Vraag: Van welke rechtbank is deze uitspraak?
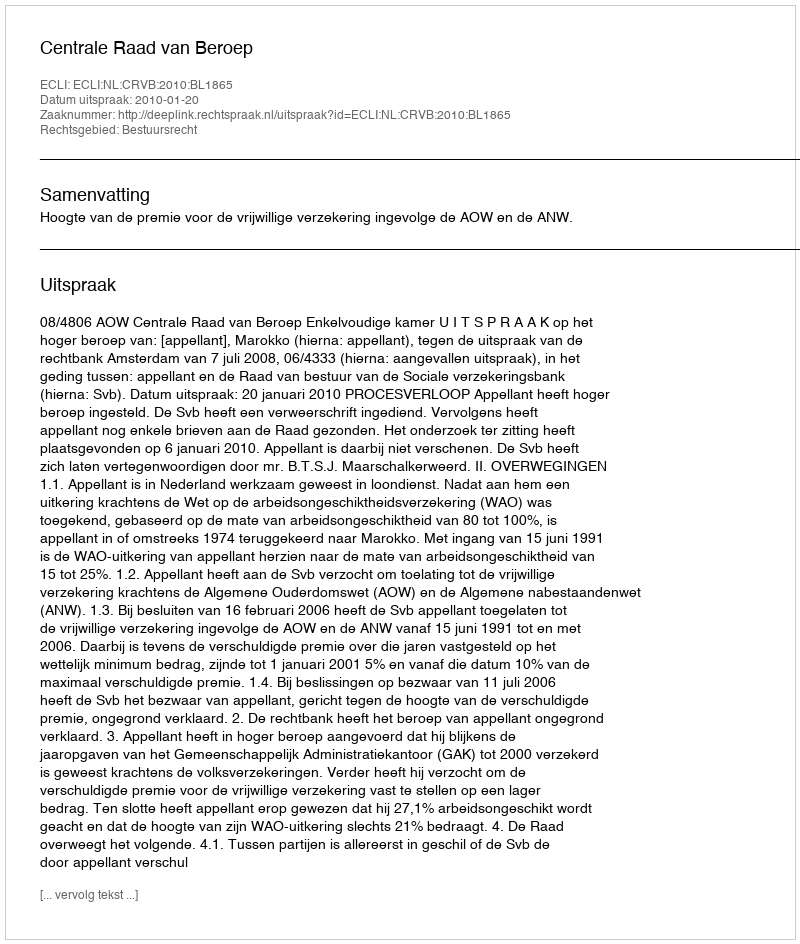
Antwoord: Centrale Raad van Beroep